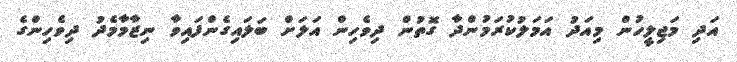
އަދި މަޖިލީހުން މިއަދު އަމަލުކުރަމުންދާ ގޮތުން ދިވެހިން އަލަށް ބަލައިގެންފައިވާ ނިޒާމާމެދު ދިވެހިންގެ